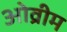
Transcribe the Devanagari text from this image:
ओव्रीम